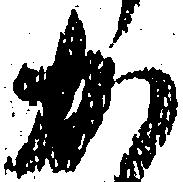
か